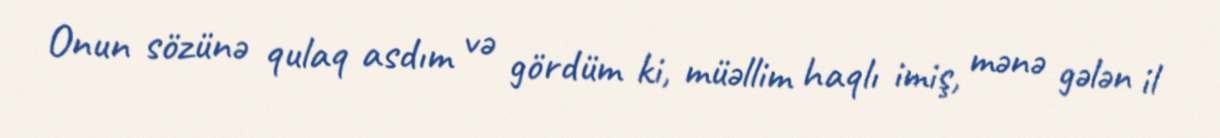
Onun sözünə qulaq asdım və gördüm ki, müəllim haqlı imiş, mənə gələn il